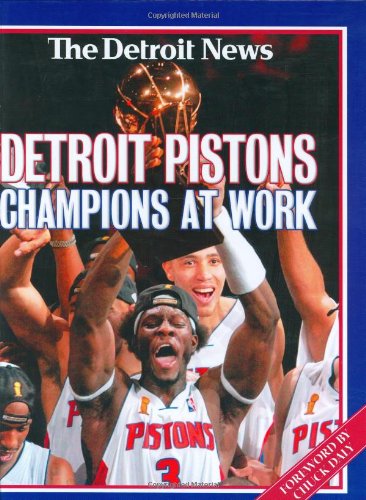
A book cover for Detroit Pistons: Champions at Work (2004 NBA Champions); Detroit News; Sports & Outdoors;